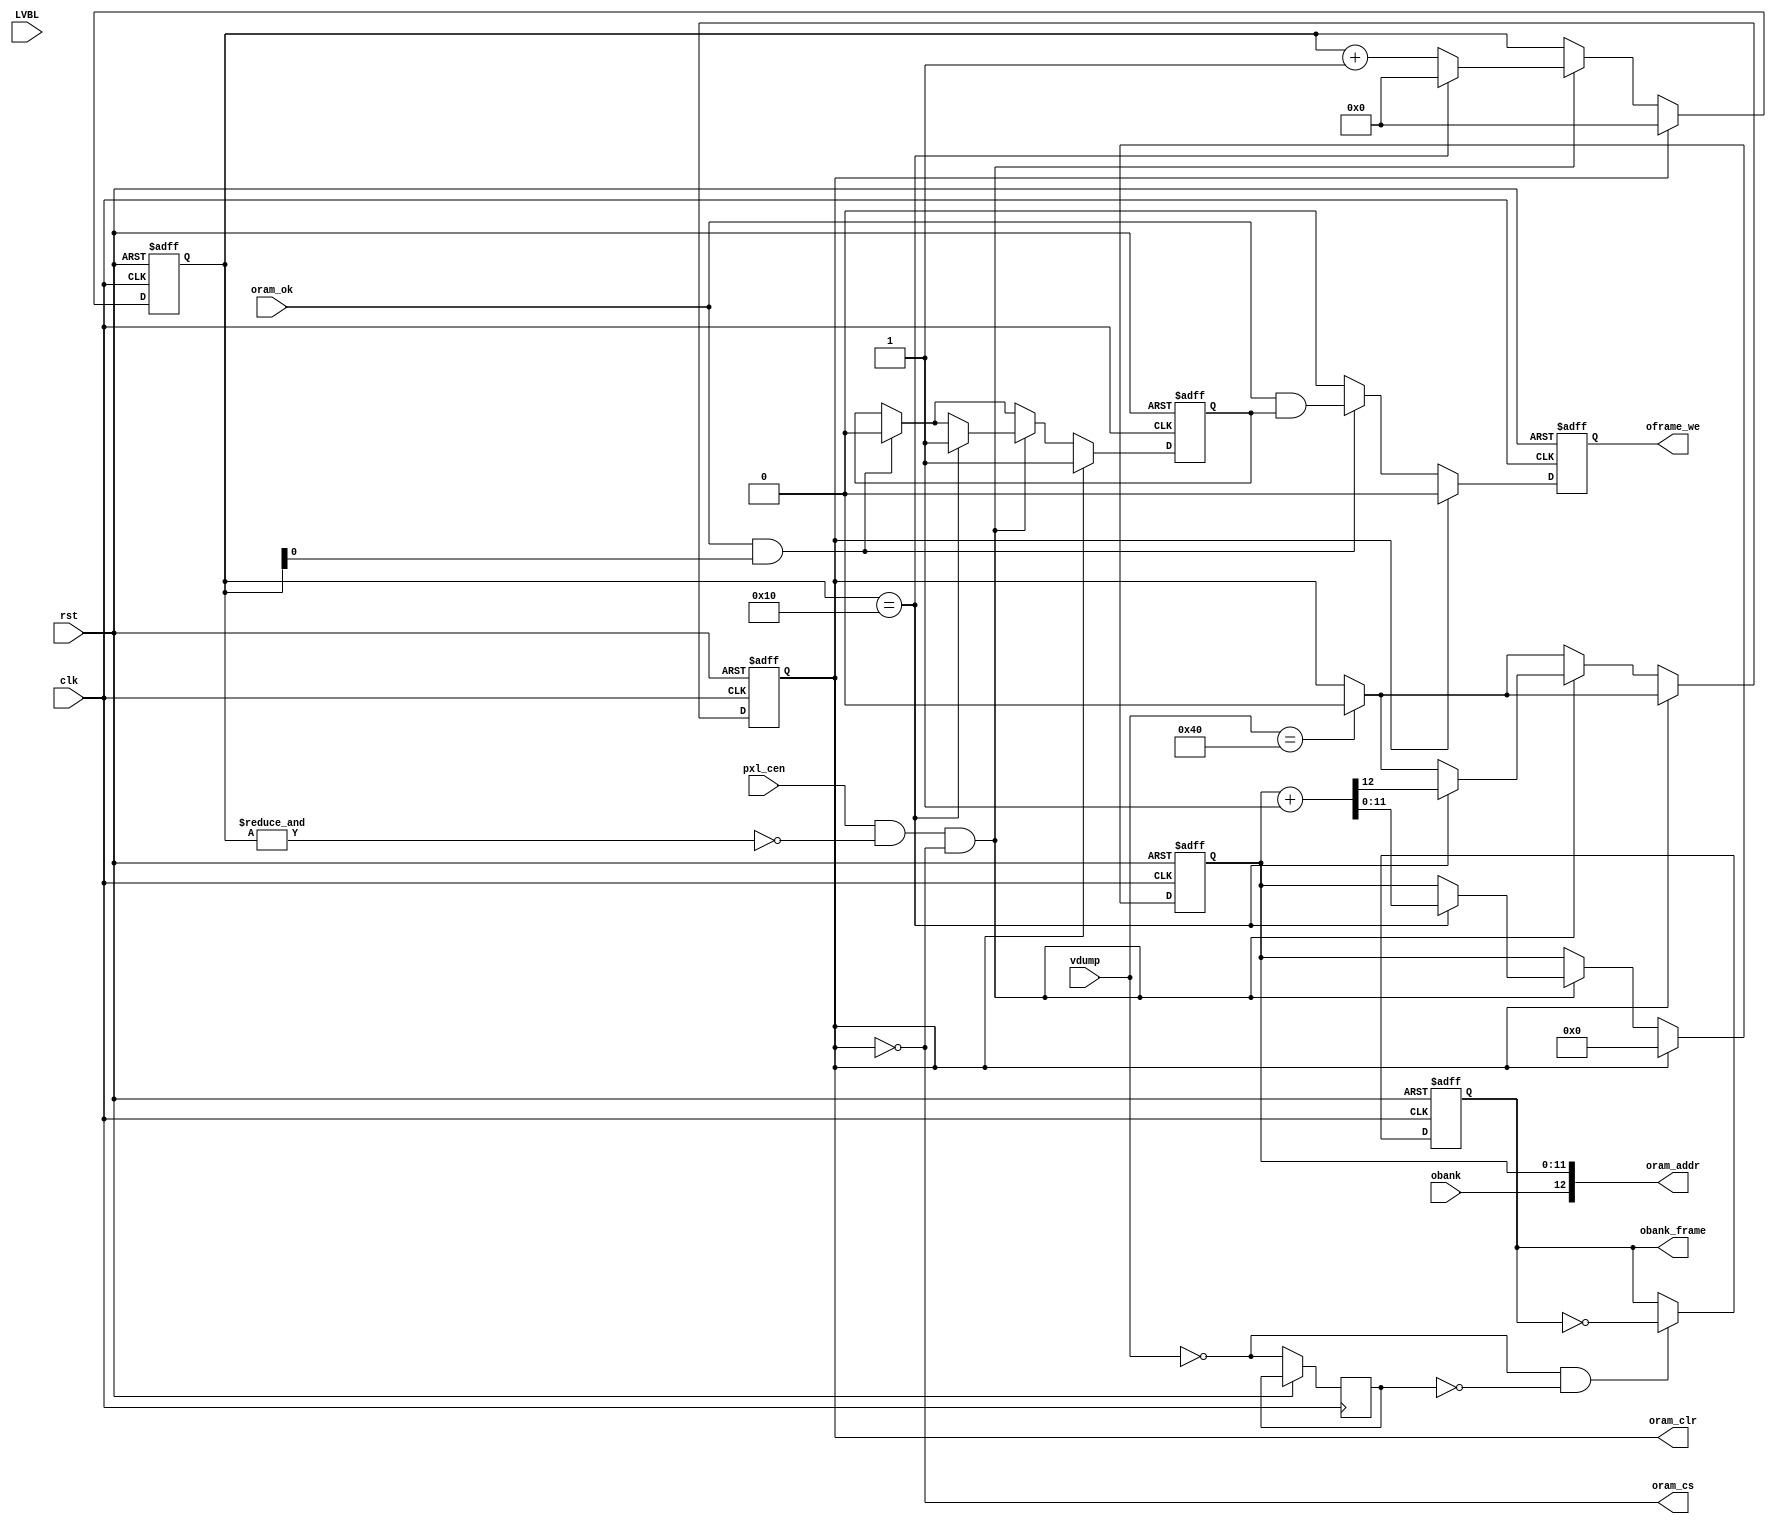
// This program was cloned from: https://github.com/jotego/jtcores
// License: GNU General Public License v3.0

/*  This file is part of JTCORES1.
    JTCORES1 program is free software: you can redistribute it and/or modify
    it under the terms of the GNU General Public License as published by
    the Free Software Foundation, either version 3 of the License, or
    (at your option) any later version.

    JTCORES1 program is distributed in the hope that it will be useful,
    but WITHOUT ANY WARRANTY; without even the implied warranty of
    MERCHANTABILITY or FITNESS FOR A PARTICULAR PURPOSE.  See the
    GNU General Public License for more details.

    You should have received a copy of the GNU General Public License
    along with JTCORES1.  If not, see <http://www.gnu.org/licenses/>.

    Author: Jose Tejada Gomez. Twitter: @topapate
    Version: 1.0
    Date: 28-1-2021 */


module jtcps2_obj_frame(
    input              rst,
    input              clk,
    input              pxl_cen,

    input      [ 8:0]  vdump,
    input              LVBL,
    input              obank,

    // Interface with SDRAM for ORAM data
    output     [12:0]  oram_addr,
    output             oram_clr,
    output             oram_cs,
    input              oram_ok,

    // Interface with ORAM frame buffer
    output reg         oframe_we,
    output reg         obank_frame
);

localparam W=5;

wire         frame, frame_edge;
reg          wtok, last_frame;
reg          done;
reg  [ 11:0] oram_cnt;
reg  [W-1:0] line_cnt;
reg          wrbank;

assign frame      = vdump==0;
assign frame_edge = frame && !last_frame;
assign oram_addr  = { obank, oram_cnt };
assign oram_clr   = done;
assign oram_cs    = ~done;

always @(posedge clk, posedge rst ) begin
    if( rst ) begin
        obank_frame <= 0;
    end else begin
        last_frame <= frame;
        if( frame_edge )
            obank_frame <= ~obank_frame;
    end
end

always @(posedge clk, posedge rst ) begin
    if( rst ) begin
        done        <= 0;
        oram_cnt    <= 0;
        line_cnt    <= 0;
        oframe_we   <= 0;
        wtok        <= 1;
    end else begin
        if( vdump==9'h40 ) done <= 0;

        if( done ) begin
            oram_cnt    <= 0;
            line_cnt    <= 0;
            oframe_we   <= 0;
            wtok        <= 1;
        end else begin
            if( oram_ok && line_cnt[0] ) begin
                wtok <= 0;
                oframe_we <= oram_ok & wtok;
            end else begin
                oframe_we <= 0;
            end

            if( pxl_cen & ~&line_cnt & ~done) begin
                if( line_cnt == 'h10 ) begin
                    line_cnt <= 0;
                    wtok     <= 1;
                    { done, oram_cnt } <= { 1'b0, oram_cnt }+1'b1;
                end else begin
                    line_cnt <= line_cnt+1'b1;
                end
            end
        end
    end
end

`ifdef SIMULATION
initial begin
    oram_cnt = 0;
    line_cnt = 0;
end
`endif

endmodule